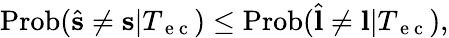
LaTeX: \mathrm{Prob}(\hat{\mathbf{s}}\neq\mathbf{s}|T_{\mathrm{~e~c~}})\leq\mathrm{Prob}(\hat{\mathbf{l}}\neq\mathbf{l}|T_{\mathrm{~e~c~}}),